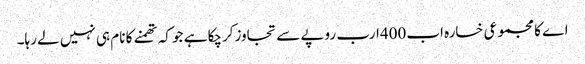
اے کا مجموعی خسارہ اب400ارب روپے سے تجاوزکرچکا ہے جو کہ تھمنے کا نام ہی نہیں لے رہا۔